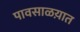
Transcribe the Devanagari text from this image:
पावसाळय़ात